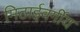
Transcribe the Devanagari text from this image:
मिठाईवर्गीय